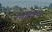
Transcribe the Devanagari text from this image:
रणदिवेंचा